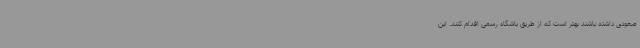
صعودی داشته باشند بهتر است که از طریق باشگاه رسمی اقدام کنند. این